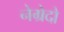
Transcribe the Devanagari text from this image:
नेग्रेदो